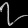
Digit: ၇